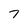
Character: 7